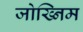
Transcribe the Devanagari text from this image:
जोख्निम